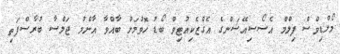
މޯލްޑިވްސް ފިލްމް އެސޯސިއޭޝަންގެ އެގްޒެކިއުޓިވް ބޯޑު ހޮވުމަށް ބާއްވާ އާންމު ޖަލްސާ ބުރާސްފަތި